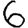
Digit: 6